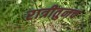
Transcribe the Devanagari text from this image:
रात्रीतुनच